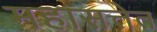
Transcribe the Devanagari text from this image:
महासत्तेत